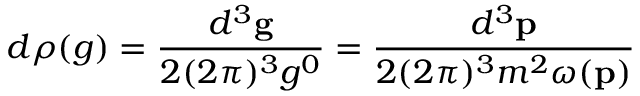
d \rho ( g ) = \frac { d ^ { 3 } { \bf g } } { 2 ( 2 \pi ) ^ { 3 } g ^ { 0 } } = \frac { d ^ { 3 } { \bf p } } { 2 ( 2 \pi ) ^ { 3 } m ^ { 2 } \omega ( { \bf p } ) }